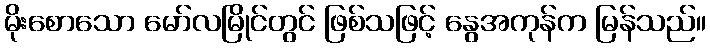
မိုးစောသော မော်လမြိုင်တွင် ဖြစ်သဖြင့် နွေအကုန်က မြန်သည်။